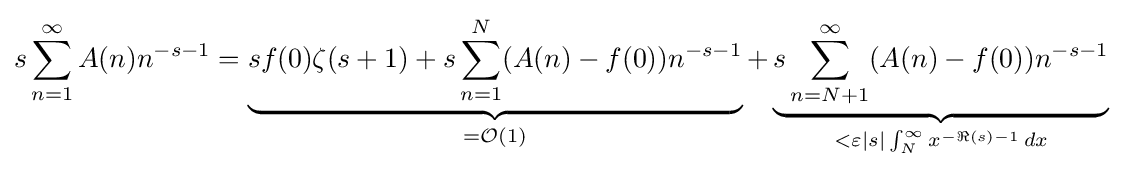
s\sum _{n=1}^{\infty }A(n)n^{-s-1}=\underbrace {sf(0)\zeta (s+1)+s\sum _{n=1}^{N}(A(n)-f(0))n^{-s-1}} _{={\mathcal {O}}(1)}+\underbrace {s\sum _{n=N+1}^{\infty }(A(n)-f(0))n^{-s-1}} _{<\varepsilon |s|\int _{N}^{\infty }x^{-\Re (s)-1}\,dx}